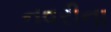
નવરીના